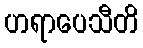
ဟရာပေသီတိ